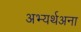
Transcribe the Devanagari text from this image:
अभ्यर्थअना